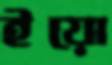
ইয়ো